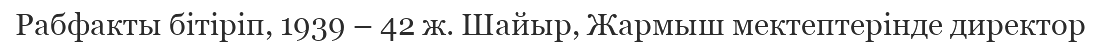
Рабфакты бітіріп, 1939 – 42 ж. Шайыр, Жармыш мектептерінде директор